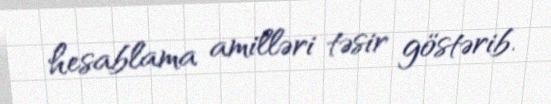
hesablama amilləri təsir göstərib.